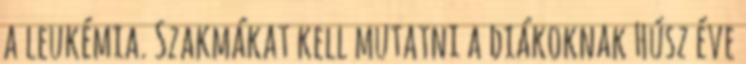
a leukémia. Szakmákat kell mutatni a diákoknak Húsz éve